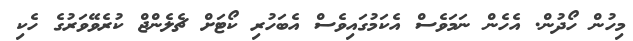
މިހުން ހޯދުން. އެހެން ނަމަވެސް އެކަމުގައިވެސް އެބަހުރި ކޯޓަށް ޗެލެންޖް ކުރެވޭވަރުގެ ހެކި